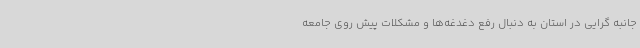
جانبه گرایی در استان به دنبال رفع دغدغه‌ها و مشکلات پیش روی جامعه